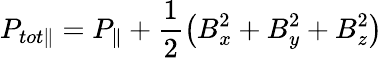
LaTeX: P_{tot\| }=P_{\| }+\frac{1}{2}\left(B_{x}^{2}+B_{y}^{2}+B_{z}^{2}\right)